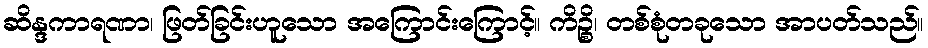
ဆိန္ဒကာရဏာ၊ ဖြတ်ခြင်းဟူသော အကြောင်းကြောင့်။ ကိဉ္စိ၊ တစ်စုံတခုသော အာပတ်သည်။